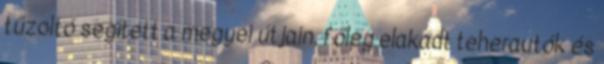
tűzoltó segített a megyei útjain, főleg elakadt teherautók és